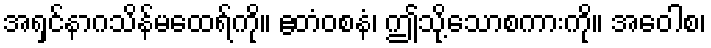
အရှင်နာဂသိန်မထေရ်ကို။ ဧတံဝစနံ၊ ဤသို့သောစကားကို။ အဝေါစ၊